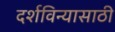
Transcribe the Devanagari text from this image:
दर्शविन्यासाठी